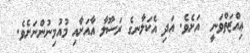
ޢިއްޒަތްވަނީ  އަށެވެ. އަދި އެކަލާނގެ ރަސޫލާ އާއަށާއި މުއުމިނުންނަށެވެ.